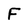
Character: F